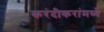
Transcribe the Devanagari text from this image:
करंदीकरांमध्ये